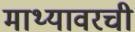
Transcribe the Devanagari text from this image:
माथ्यावरची